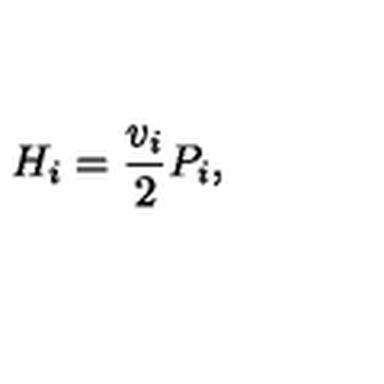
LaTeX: H _ { i } = \frac { v _ { i } } { 2 } P _ { i } ,